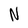
Character: N